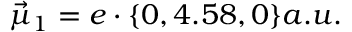
\vec { \mu } _ { 1 } = e \cdot \{ 0 , 4 . 5 8 , 0 \} a . u .